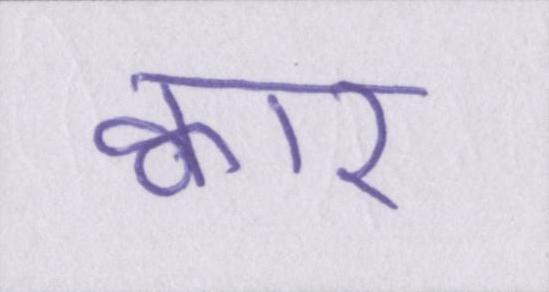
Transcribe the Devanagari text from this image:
क्वार